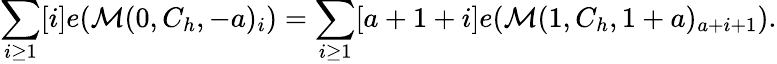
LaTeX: \sum_{i\geq 1}[i]e(\mathcal{M}(0,C_{h},-a)_{i})=\sum_{i\geq 1}[a+1+i]e(\mathcal{M}(1,C_{h},1+a)_{a+i+1}).